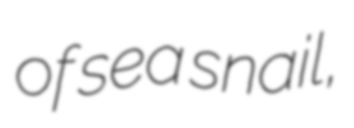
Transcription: of sea snail,